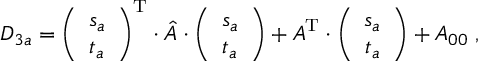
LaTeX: D _ { 3 a } = \left( \begin{array} { c } { { s _ { a } } } \\ { { t _ { a } } } \end{array} \right) ^ { \mathrm { T } } \cdot \hat { A } \cdot \left( \begin{array} { c } { { s _ { a } } } \\ { { t _ { a } } } \end{array} \right) + A ^ { \mathrm { T } } \cdot \left( \begin{array} { c } { { s _ { a } } } \\ { { t _ { a } } } \end{array} \right) + A _ { 0 0 } \; ,